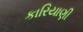
કારિયાણી